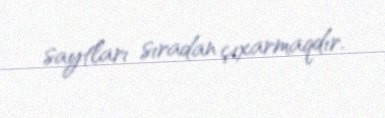
saytları sıradan çıxarmaqdır.